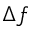
\Delta f